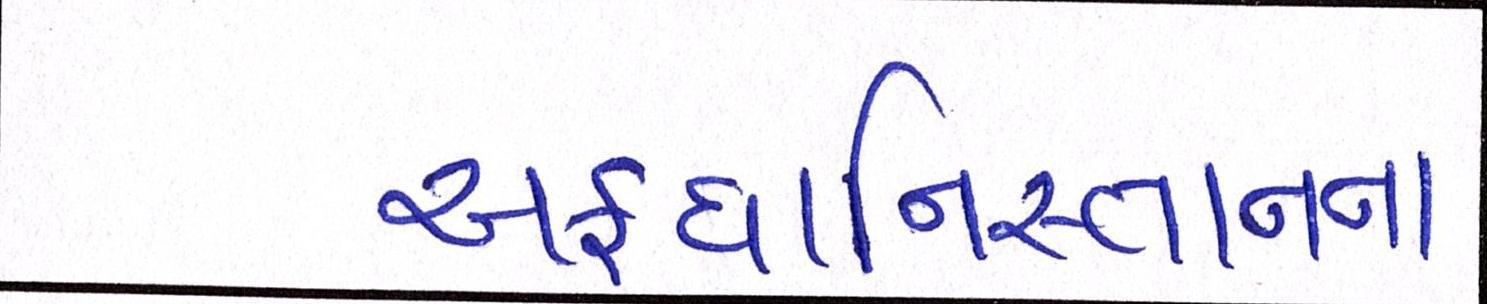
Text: અફઘાનિસ્તાનના